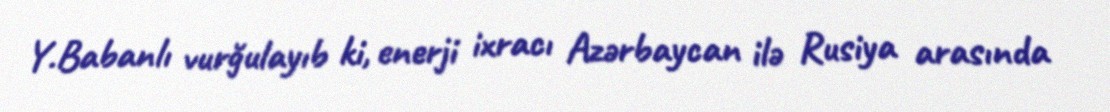
Y.Babanlı vurğulayıb ki, enerji ixracı Azərbaycan ilə Rusiya arasında